Report on the Civil Veterinary Department, Eastern Bengal and Assam - 1907-1911
Year: 1907
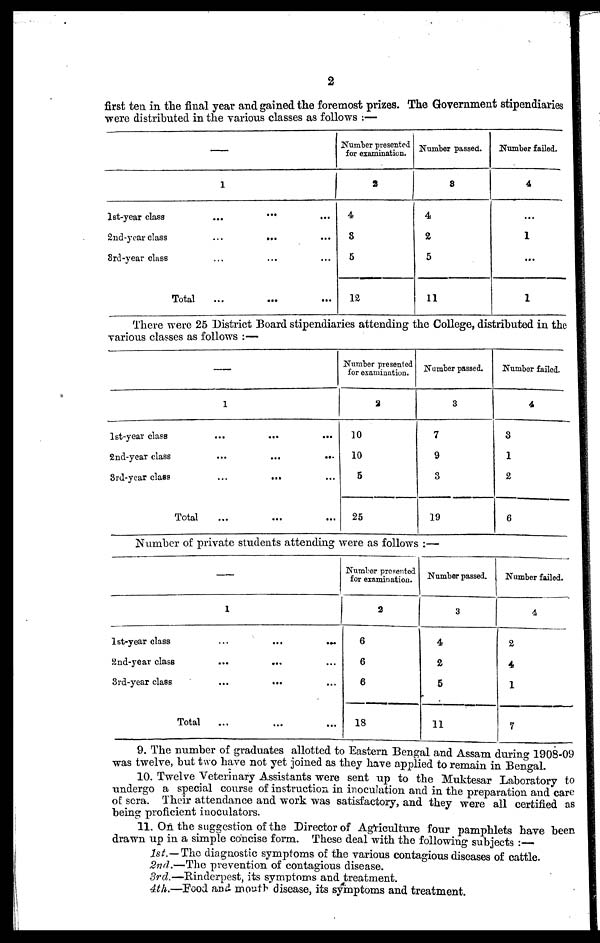
2
first tea in the final year and gained the foremost prizes. The Government stipendiaries
were distributed in the various classes as follows :—
—
1
lst-year class
...
...
...
2nd-year class
...
...
...
3rd-year class
...
...
...
Total...
...
...
Number presented
for examination.
3
4
8
5
12
Number passed.
3
4
2
5
11
Number failed.
4
...
1
...
1
There were 25 District Board stipendiaries attending the College, distributed in the
various classes as follows :—
—
1
lst-year class
...
...
...
2nd-year class
...
...
...
3rd-year class
...
...
...
Total
...
...
...
Number presented
for examination.
2
10
10
5
25
Number passed.
3
7
9
3
19
Number failed.
4
3
1
2
6
Number of private students attending were as follows :—
—
1
lst-year class ... ... ...
2nd-year class ... ... ...
3rd-year class ... ... ...
Total ... ... ...
Number presented
for examination.
2
6
6
6
18
Number passed.
3
4
2
5
11
Number failed.
4
2
4
1
7
9. The number of graduates allotted to Eastern Bengal and Assam during1908-09
was twelve, but two have not yet joined as they have applied to remain in Bengal.
10. Twelve Veterinary Assistants were sent up to the Muktesar Laboratory to
undergo a special course of instruction in inoculation and in the preparation and care
of sera. Their attendance and work was satisfactory, and they were all certified as
being proficient inoculators.
11. On the suggestion of the Director of Agriculture four pamphlets have been
drawn up in a simple concise form. These deal with the following subjects :—
1st.—The diagnostic symptoms of the various contagious diseases of cattle.
2nd.—The prevention of contagious disease.
3rd.—Rinderpest, its symptoms and treatment.
4th.—Food and mouth disease, its symptoms and treatment.